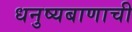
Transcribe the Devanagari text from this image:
धनुष्यबाणाची